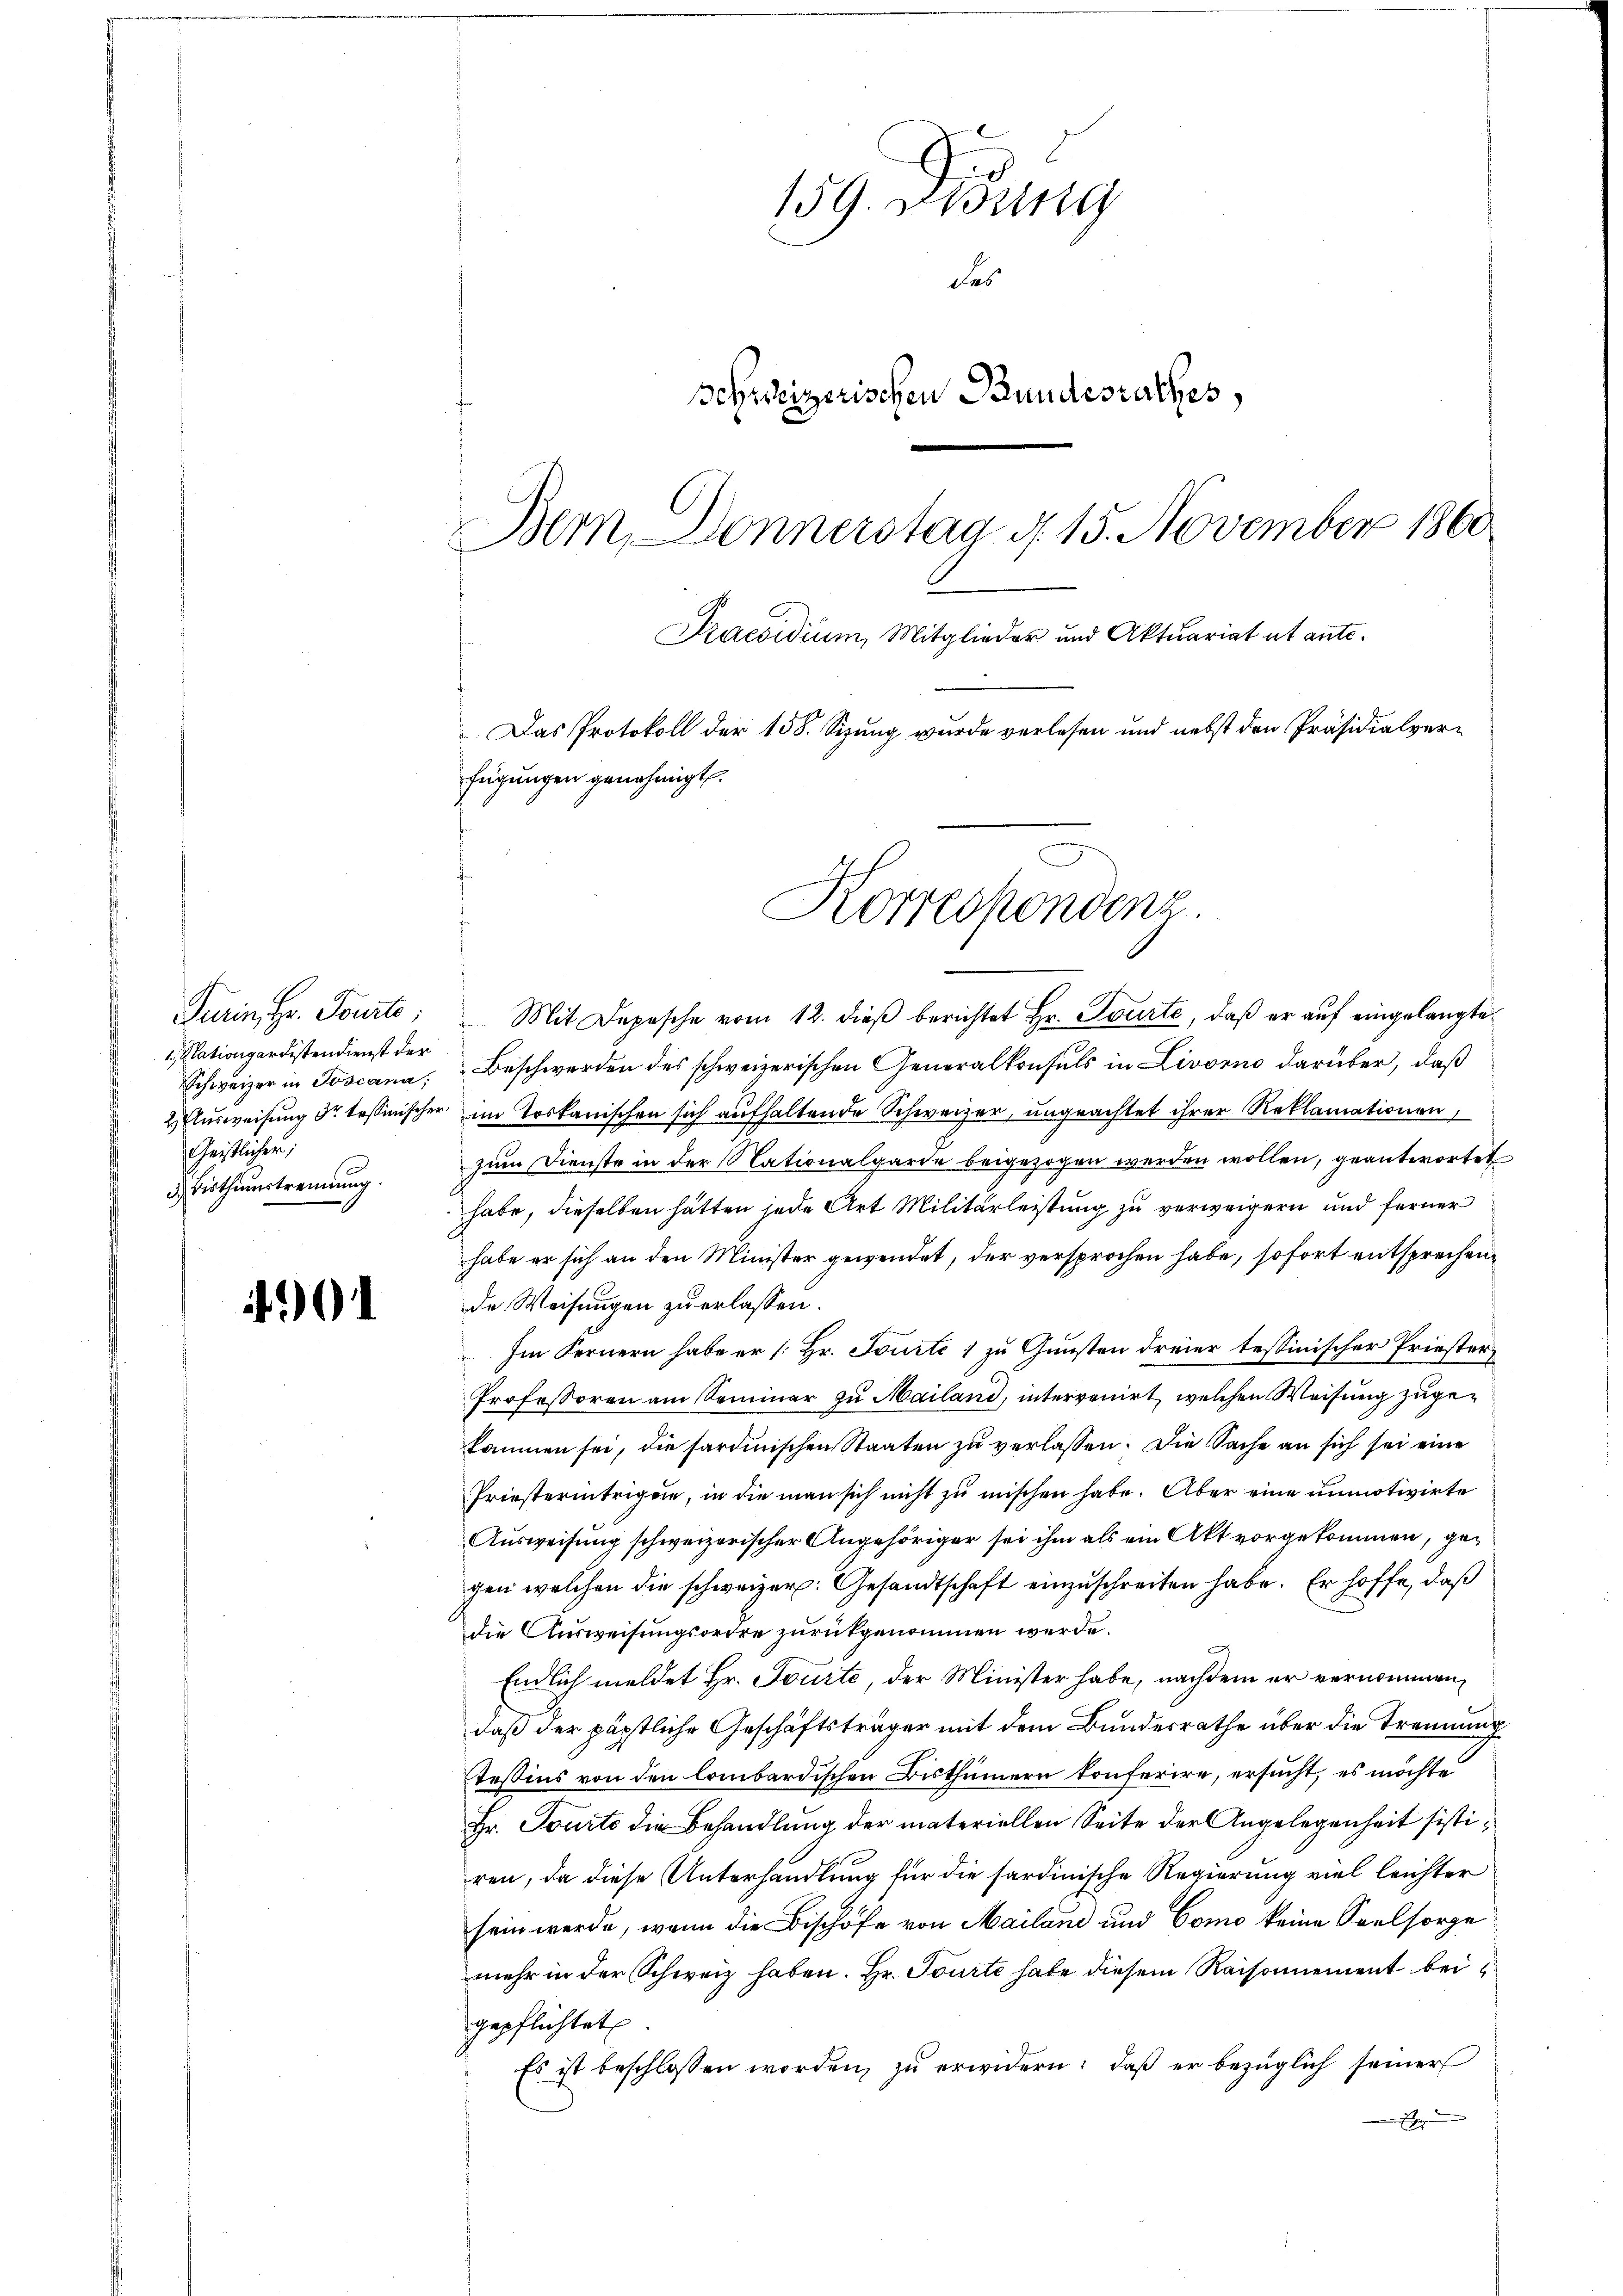
1, Stationardistendienst der
Geistlicher
5.) Bisthumstrennung.

01

159. Didung
des
Schweizerischen Bundesrathes,
Bern, Donnerstag d. 15. November 1860
Praesidium, Mitglieder und Aktuariat et ante¬
Das Protokoll der 158. Sizung wurde verlesen und nebst den Präsidialverfügungen genehmigt.

Turin, Hr. Tourte: Mit Depesche vom 12. dieβ berichtet Hr. Tourte, daß er auf eingelangte
Schweizer in Joscana, Beschwerden des schweizerischen Generalkonsuls in Livorno darüber, daβ
2 Flŭsweisŭng dr tessinischer im Toskanischen sich aufhaltende Schweizer, ungeachtet ihrer Reklamationen
zum Dienste in der Nationalgarde beigezogen werden wollen, geantwortet
habe, dieselben hätten jede Art Militärleistung zu verweigern und ferner
habe er sich an den Minister gewendet, der versprochen habe, sofort entsprechende Weisungen zu erlassen.
Im Fernern habe er [Hr. Tourte 1 zu Gunsten dreier tessinischer Priesters
Professoren am Seminar zu Mailand, intervenirt, welchen Weisung zugekommen sei, die sardinischen Staaten zu verlassen. Die Sache an sich sei eine
Priesterintrigen, in die man sich nicht zu mischen habe. Aber eine unmotivirte
Ausweisung schweizerischer Angehöriger sei ihm als ein Akt vorgekommen, gegen welchen die schweizer. Gesandtschaft einzuschreiten habe. Er hoffe, daß
die Ausweisungsordre zurückgenommen werde.
Endlich meldet Hr. Tourte, der Minister habe, nachdem er vernommen,
daß der päpstliche Geschäftsträger mit dem Bundesrathe über die Trennung
Tessins von den lombardischen Bisthümern konferire, ersucht, es möchte
Hr. Tourte die Behandlung der materiellen Seite der Angelegenheit sistiren, da diese Unterhandlung für die sardinische Regierung viel leichter
sein werde, wenn die Bischöfe von Mailand und Como keine Seelsorge
mehr in der Schweiz haben. Hr. Tourte habe diesem Raisonnement bei
gepflichtet.
Es ist beschlossen worden, zŭ erwidern: daß er bezüglich seiner

Korrespondenz.